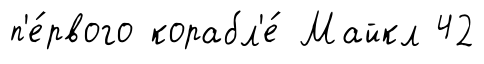
п'е́рвого корабл'е́ Майкл 42